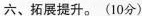
六、拓展提升。(10分)